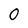
Character: 0